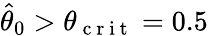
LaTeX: \widehat{\theta}_{0}>\theta_{\mathrm{~c~r~i~t~}}=0.5